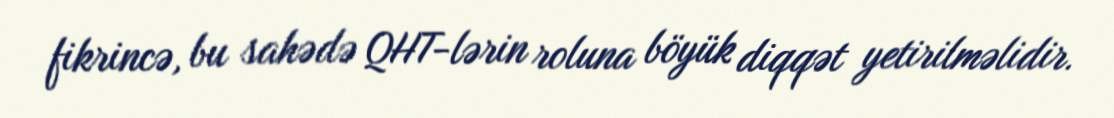
fikrincə, bu sahədə QHT-lərin roluna böyük diqqət yetirilməlidir.